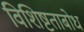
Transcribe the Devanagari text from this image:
विशिष्टताबोध